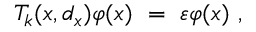
T _ { k } ( x , d _ { x } ) \varphi ( x ) \ = \ \varepsilon \varphi ( x ) \ ,